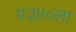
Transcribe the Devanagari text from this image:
ए३४०ला